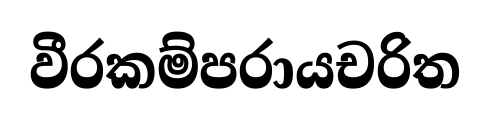
වීරකම්පරායචරිත